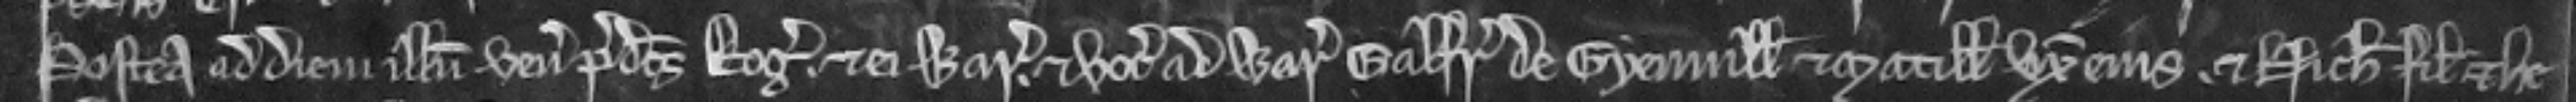
Postea and diem illum venit predictus Rogerus. et ei warantizat. et vocat ad warantum Galfridum de Gyenvill et Matillidem uxorem ejus. et Nicholaum filium et he